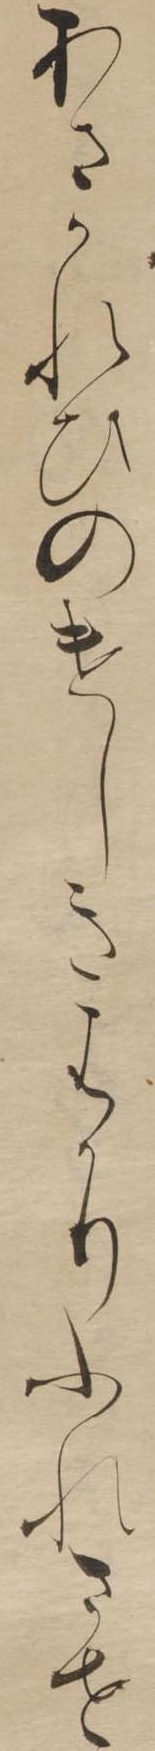
あさかれひのけしきはかりふれさせ